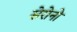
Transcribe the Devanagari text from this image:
सेरोनो